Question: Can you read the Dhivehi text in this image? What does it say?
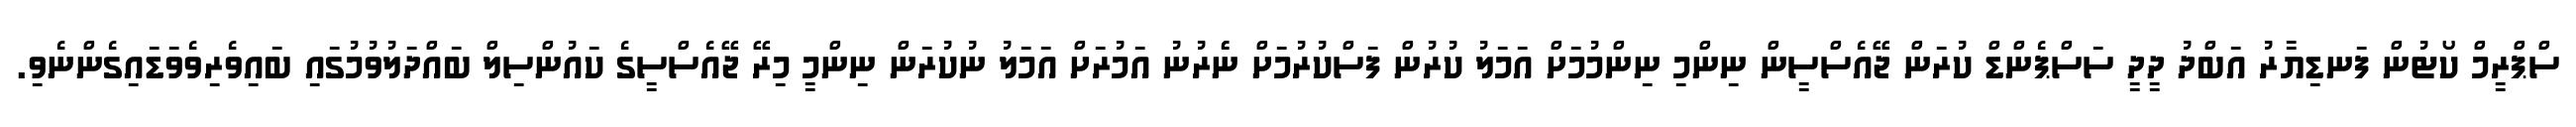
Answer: ސްޕްރީމް ކޯޓުން ފަނޑިޔާރު އަބްދު ދީދީ ސަސްޕެންޑް ކުރަން ޖޭއެސްސީން ނިންމި ނިންމުމަށް އަމަލު ކުރުން ފަސްކުރުމަށް ނެެރުނު އަމުރަށް އަމަލު ނުކުރަން ނިންމީ މިރޭ ޖޭއެސްސީގެ ކައުންސިލް ބައްދަލުވުމުގައި ބައިވެރިވެވަޑައިގެންނެވި.